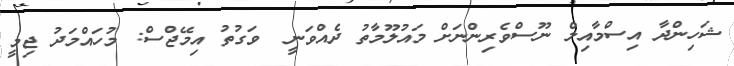
ޝަހިންދާ އިސްމާއިލް ނޫސްވެރިންނަށް މައުލޫމާތު ދެއްވަނީ  ވަގުތު އިމޭޖްސް: މުހައްމަދު ޖިމީ